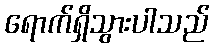
ရောက်ရှိသွားပါသည်